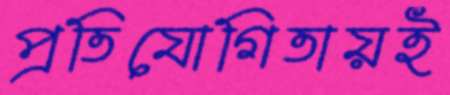
প্রতিযোগিতায়ই